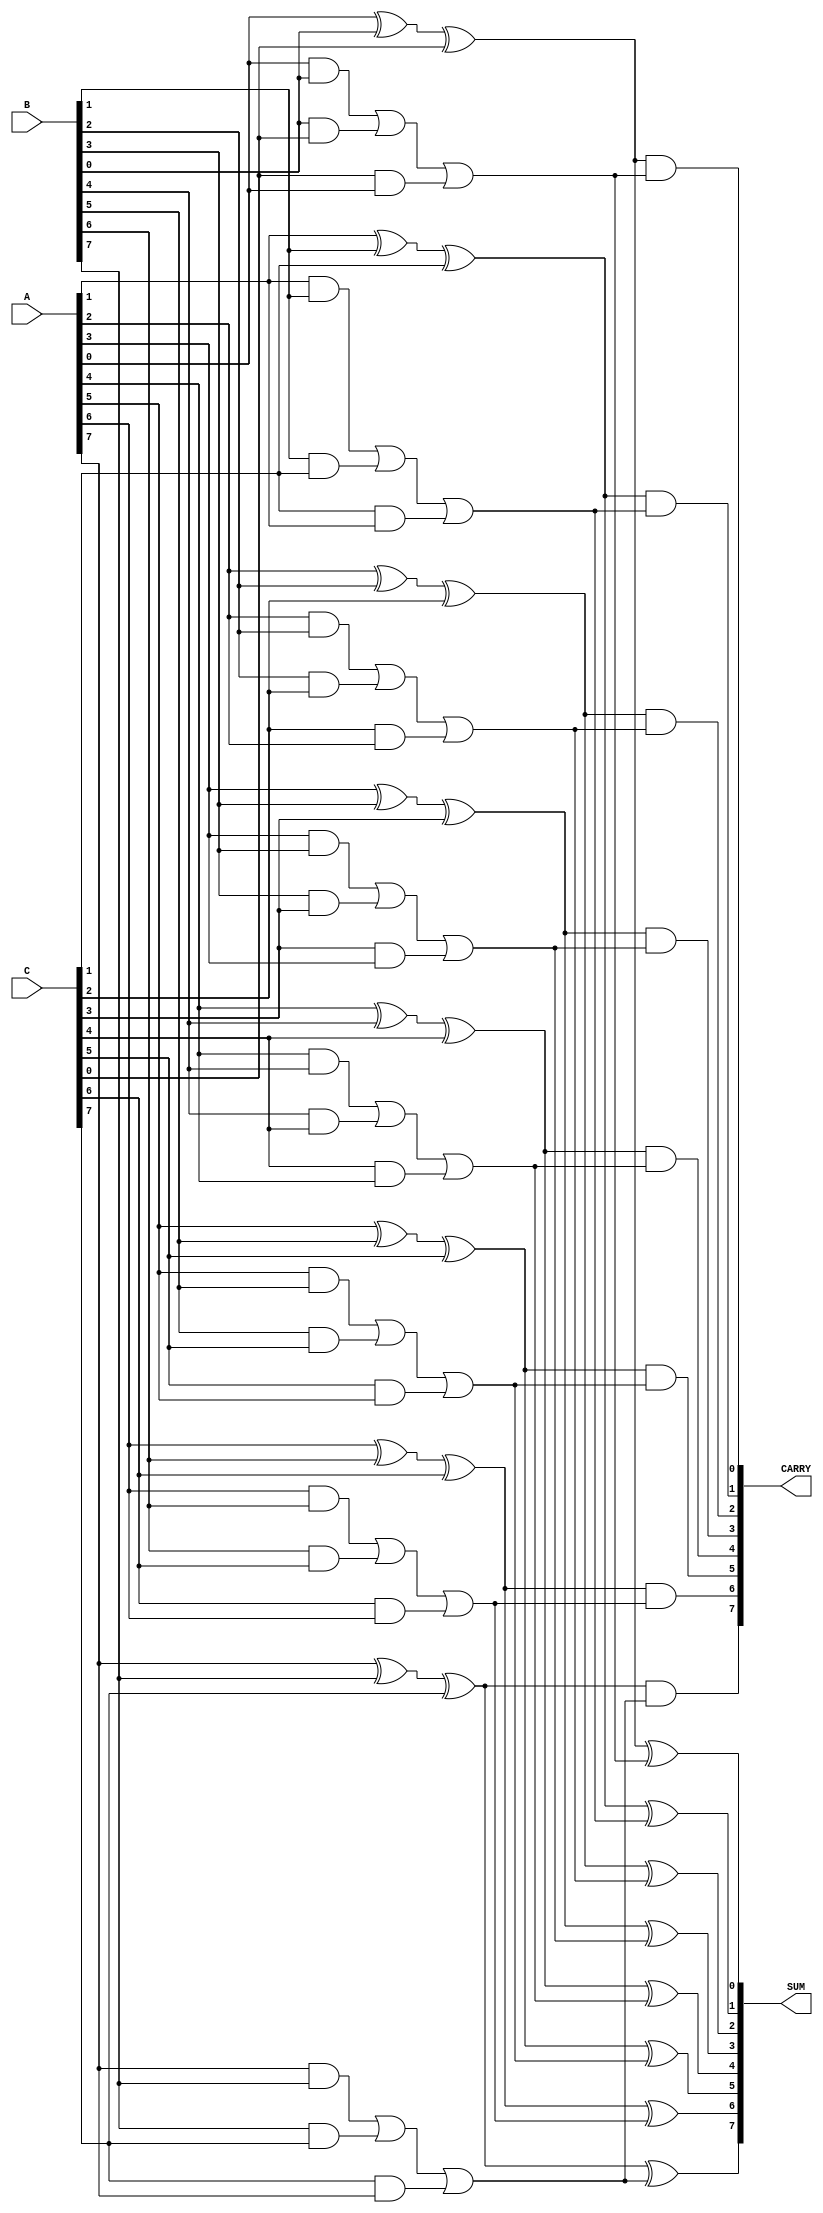
module MultiLevelCSA #(parameter WIDTH = 8) (
    input  [WIDTH-1:0] A,  // First operand
    input  [WIDTH-1:0] B,  // Second operand
    input  [WIDTH-1:0] C,  // Third operand
    output [WIDTH-1:0] SUM, // Final sum output
    output [WIDTH-1:0] CARRY // Final carry output
);

    // Intermediate sums and carries
    wire [WIDTH-1:0] sum1, carry1;
    wire [WIDTH-1:0] sum2, carry2;

    // First level of CSA
    genvar i;
    generate
        for (i = 0; i < WIDTH; i = i + 1) begin : CSA_Level1
            assign sum1[i] = A[i] ^ B[i] ^ C[i]; // Sum using XOR
            assign carry1[i] = (A[i] & B[i]) | (B[i] & C[i]) | (C[i] & A[i]); // Carry using AND
        end
    endgenerate

    // Second level of CSA (combining intermediate sums and carries)
    generate
        for (i = 0; i < WIDTH; i = i + 1) begin : CSA_Level2
            assign sum2[i] = sum1[i] ^ carry1[i]; // Sum using XOR
            assign carry2[i] = sum1[i] & carry1[i]; // Carry using AND
        end
    endgenerate

    // Final sum and carry outputs
    assign SUM = sum2; // Final sum output
    assign CARRY = carry2; // Final carry output

endmodule